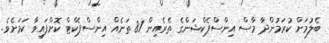
ބެލުމަށް ކުރަމުންދާ މާސް އިންސްޕެކްޝަންގެ ތެރެއިން 81 ތަނެއް އިންސްޕެކްޓް ކޮށްފައިވާ ކަމަށެވެ.